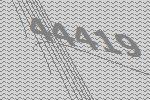
44419